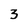
Character: 3